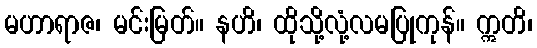
မဟာရာဇ၊ မင်းမြတ်။ နဟိ၊ ထိုသို့လုံ့လမပြုကုန်။ ဣတိ၊